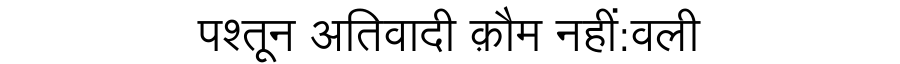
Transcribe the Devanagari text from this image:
पश्तून अतिवादी क़ौम नहीं:वली